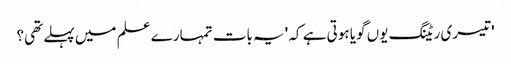
' تیسری ریٹنگ یوں گویا ہوتی ہے کہ 'یہ بات تمہارے علم میں پہلے تھی؟